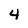
Character: 4